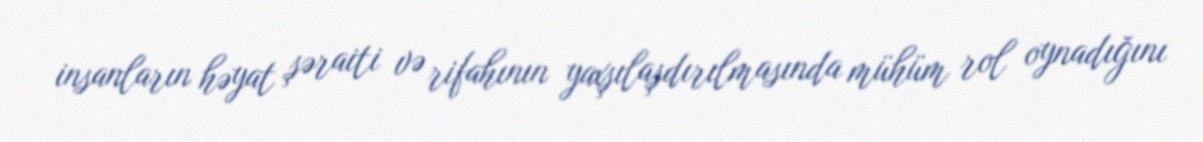
insanların həyat şəraiti və rifahının yaxşılaşdırılmasında mühüm rol oynadığını